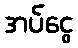
အပ်ငွေ